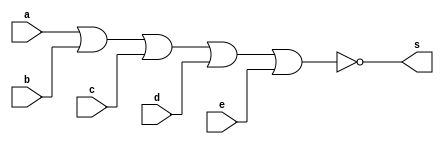
// ------------------------- 
// Exemplo0032
// Nome: Oswaldo Oliveira Paulino 
// ------------------------- 

module Zero (output s, input a, input b,
             input c, input d, input e);

nor NOR1 (s,a,b,c,d,e);

endmodule // Zero
				 
module SA (output s, input f1, input f2);

xor XOR1 (s,f1,f2); 

endmodule // SA

module Adder (output s1, output s2, input a, input b);

xor XOR1 (s2,a,b);
and AND1 (s1,a,b);				 				

endmodule // Adder

module  FullAdder (output s3, output s4,input e1, input e2, input c);
wire p1, p2,p3;

Adder HA1 (p1,p2,e1,e2);
Adder HA2 (s3,p3,p1,c);
xor XOR1 (s4,p3,p2);

endmodule // FullAdder

module Selecionador (output s1, input[3:0] a,
                     input[3:0] b, input carry);
wire  w1,w2,w3,w4,p1,p2,p3,p4;
wire[4:0] s;
SA c1 (w1,b[0],carry);
SA c2 (w2,b[1],carry);
SA c3 (w3,b[2],carry);
SA c4 (w4,b[3],carry);
FullAdder FU1 (s[0],p1,a[0],w1,carry);
FullAdder FU2 (s[1],p2,a[1],w2,p1);
FullAdder FU3 (s[2],p3,a[2],w3,p2);
FullAdder FU4 (s[3],p4,a[3],w4,p3);
SA c5 (s[4],p4,carry);
Zero Z1 (s1,s[0],s[1],s[2],s[3],s[4]);

endmodule // Selecionador

module test_SA2; 

// ------------------------- definir dados 

reg[3:0] x, y;
reg z;  
wire q;

Selecionador modulo (q, x, y, z); 

// ------------------------- parte principal 

initial begin 
$display("Exemplo0032 - Oswaldo Oliveira Paulino - 382175"); 
$display("Test LU's module"); 

x = 4'b0000; y = 4'b0000; z = 'b0;

// projetar testes do modulo 
#1 $display("\n a    b   carry  s"); 
#1 $monitor("%4b %4b   %b    %b" ,x,y,z,q); 

#1 x = 4'b0001; y = 4'b0000; z = 'b0;
#1 x = 4'b0001; y = 4'b0001; z = 'b0;
#1 x = 4'b0010; y = 4'b0001; z = 'b0;
#1 x = 4'b0010; y = 4'b0010; z = 'b0;
#1 x = 4'b0011; y = 4'b0010; z = 'b0;
#1 x = 4'b0011; y = 4'b0011; z = 'b0;
#1 x = 4'b0100; y = 4'b0011; z = 'b0;
#1 x = 4'b0100; y = 4'b0100; z = 'b0;
#1 x = 4'b0101; y = 4'b0100; z = 'b0;
#1 x = 4'b0101; y = 4'b0101; z = 'b0;
#1 x = 4'b0110; y = 4'b0101; z = 'b0;
#1 x = 4'b0110; y = 4'b0110; z = 'b0;
#1 x = 4'b0111; y = 4'b0110; z = 'b0;
#1 x = 4'b0111; y = 4'b0111; z = 'b1;
#1 x = 4'b1000; y = 4'b0111; z = 'b1;
#1 x = 4'b1000; y = 4'b1000; z = 'b1;
#1 x = 4'b1001; y = 4'b1000; z = 'b1;
#1 x = 4'b1001; y = 4'b1001; z = 'b1;
#1 x = 4'b1010; y = 4'b1001; z = 'b1;
#1 x = 4'b1010; y = 4'b1010; z = 'b1;
#1 x = 4'b1011; y = 4'b1010; z = 'b1;
#1 x = 4'b1011; y = 4'b1011; z = 'b1;
#1 x = 4'b1100; y = 4'b1011; z = 'b1;
#1 x = 4'b1100; y = 4'b1100; z = 'b1;
#1 x = 4'b1101; y = 4'b1100; z = 'b1;
#1 x = 4'b1101; y = 4'b1101; z = 'b1;
#1 x = 4'b1110; y = 4'b1101; z = 'b1;
#1 x = 4'b1110; y = 4'b1110; z = 'b1;
#1 x = 4'b1111; y = 4'b1110; z = 'b1;
#1 x = 4'b1111; y = 4'b1111; z = 'b1;


end 
endmodule